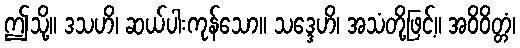
ဤသို့။ ဒသဟိ၊ ဆယ်ပါးကုန်သော။ သဒ္ဒေဟိ၊ အသံတို့ဖြင့်။ အဝိဝိတ္တံ၊